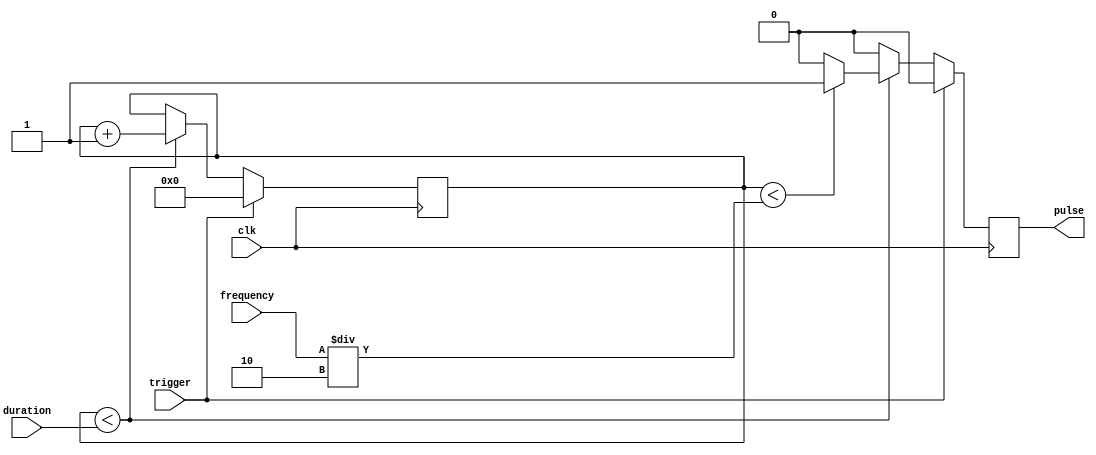
module Asynchronous_Pulse_Generator (
    input trigger,
    input clk,
    input [7:0] duration,
    input [7:0] frequency,
    output reg pulse
);

reg [7:0] count;

always @(posedge clk) begin
    if (trigger) begin
        count <= 8'd0;
        pulse <= 1'b0;
    end else begin
        if (count < duration) begin
            count <= count + 8'd1;
            if (count < frequency/2) begin
                pulse <= 1'b1;
            end else begin
                pulse <= 1'b0;
            end
        end else begin
            pulse <= 1'b0;
        end
    end
end

endmodule